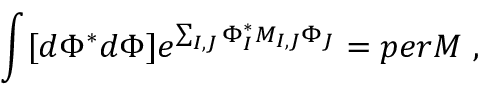
\int [ d \Phi ^ { * } d \Phi ] e ^ { \sum _ { I , J } \Phi _ { I } ^ { * } M _ { I , J } \Phi _ { J } } = p e r M \ ,